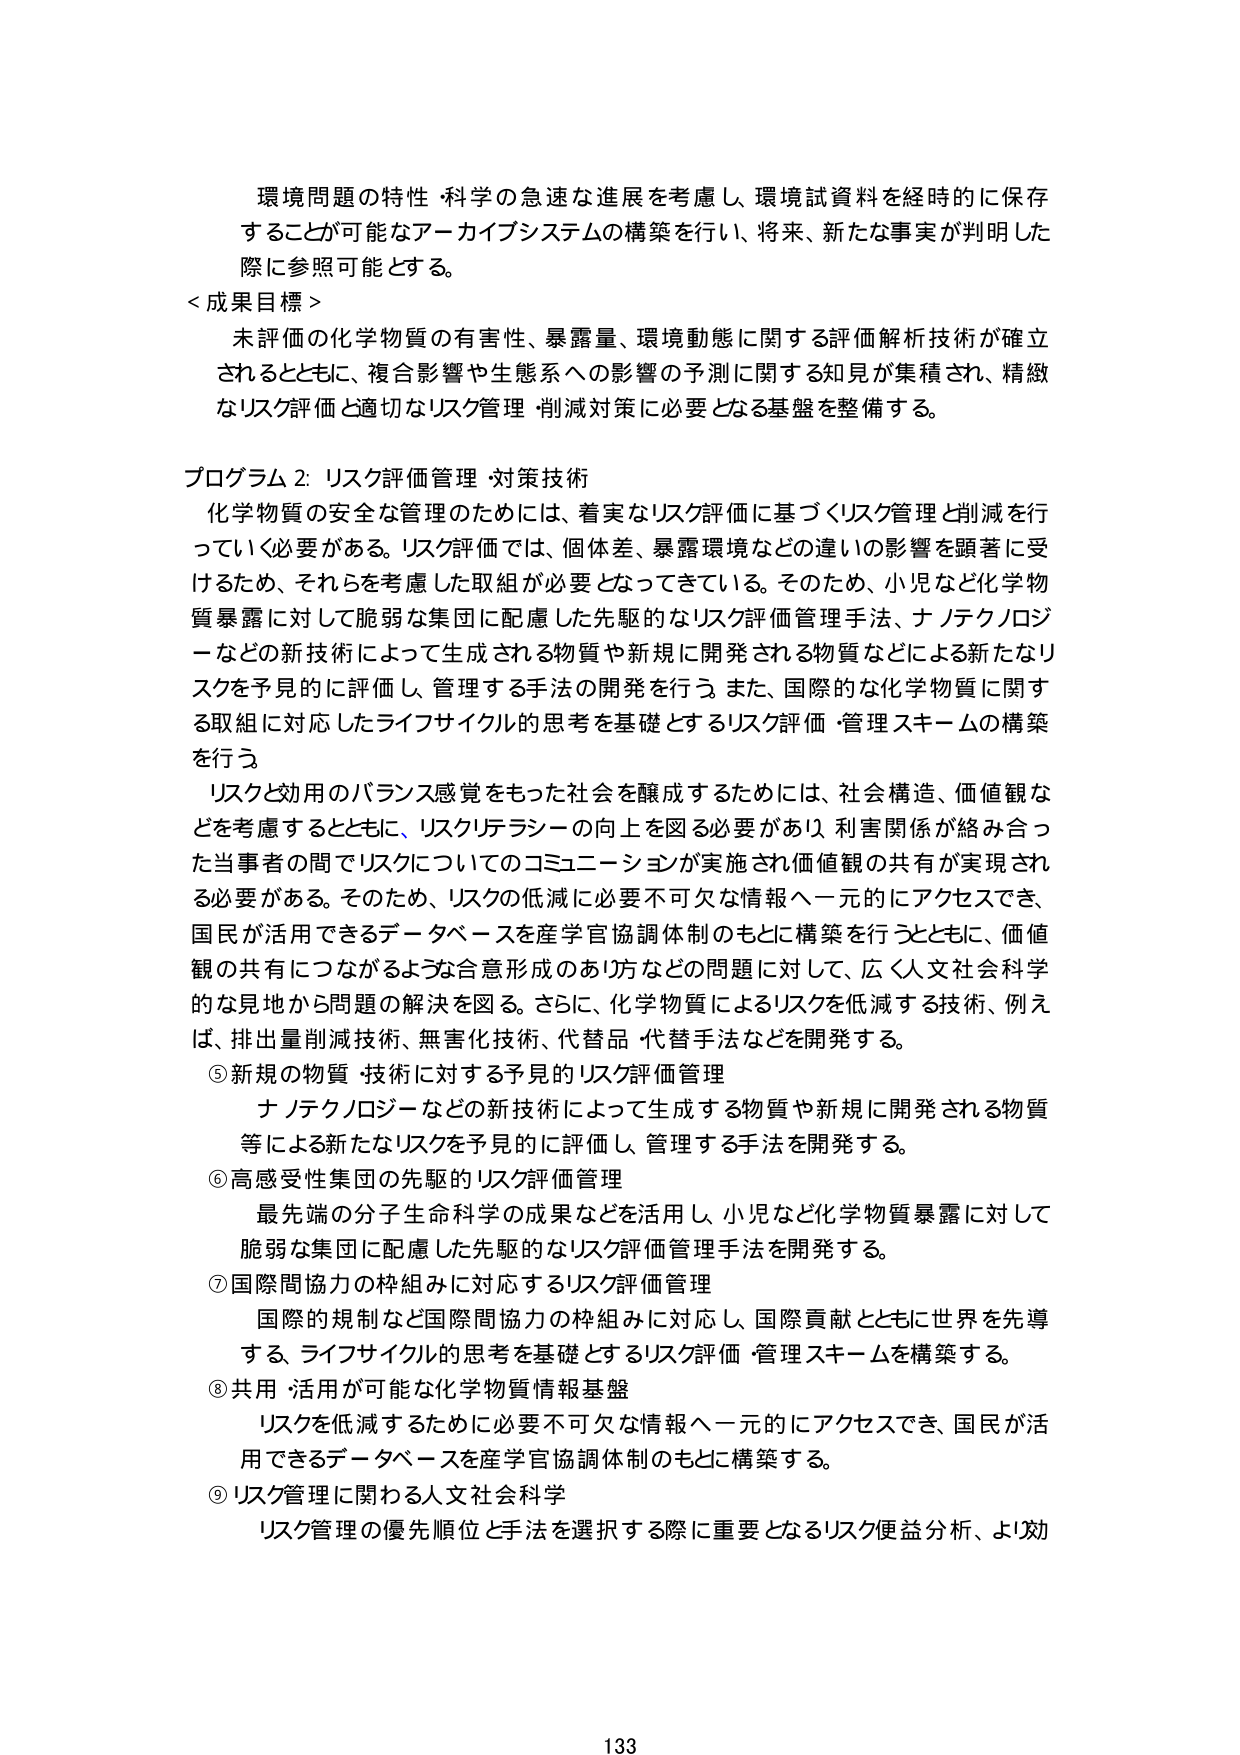
環境問題の特性・科学の急速な進展を考慮し、環境試資料を経時的に保存することが可能なアーカイブシステムの構築を行い、将来、新たな事実が判明した際に参照可能とする。

＜成果目標＞
未評価の化学物質の有害性、暴露量、環境動態に関する評価解析技術が確立されるとともに、複合影響や生態系への影響の予測に関する知見が集積され、精緻なリスク評価と適切なリスク管理・削減対策に必要となる基盤を整備する。

プログラム2: リスク評価管理・対策技術
化学物質の安全な管理のためには、着実なリスク評価に基づくリスク管理と削減を行っていく必要がある。リスク評価では、個体差、暴露環境などの違いの影響を顕著に受けるため、それらを考慮した取組が必要となってきている。そのため、小児など化学物質暴露に対して脆弱な集団に配慮した先駆的なリスク評価管理手法、ナノテクノロジーなどの新技術によって生成される物質や新規に開発される物質などによる新たなリスクを予見的に評価し、管理する手法の開発を行う。また、国際的な化学物質に関する取組に対応したライフサイクル的思考を基礎とするリスク評価・管理スキームの構築を行う。

リスクと効用のバランス感覚をもった社会を醸成するためには、社会構造、価値観などを考慮するとともに、リスクリテラシーの向上を図る必要があり、利害関係が絡み合った当事者の間でリスクについてのコミュニケーションが実施され価値観の共有が実現される必要がある。そのため、リスクの低減に必要不可欠な情報へ一元的にアクセスでき、国民が活用できるデータベースを産学官協調体制のもとに構築を行うとともに、価値観の共有につながるような合意形成のあり方などの問題に対して、広く人文社会科学的な見地から問題の解決を図る。さらに、化学物質によるリスクを低減する技術、例えば、排出量削減技術、無害化技術、代替品・代替手法などを開発する。

⑤ 新規の物質・技術に対する予見的リスク評価管理
ナノテクノロジーなどの新技術によって生成する物質や新規に開発される物質等による新たなリスクを予見的に評価し、管理する手法を開発する。

⑥ 高感受性集団の先駆的リスク評価管理
最先端の分子生命科学の成果などを活用し、小児など化学物質暴露に対して脆弱な集団に配慮した先駆的なリスク評価管理手法を開発する。

⑦ 国際間協力の枠組みに対応するリスク評価管理
国際的規制など国際間協力の枠組みに対応し、国際貢献とともに世界を先導する、ライフサイクル的思考を基礎とするリスク評価・管理スキームを構築する。

⑧ 共用・活用が可能な化学物質情報基盤
リスクを低減するために必要不可欠な情報へ一元的にアクセスでき、国民が活用できるデータベースを産学官協調体制のもとに構築する。

⑨ リスク管理に関わる人文社会科学
リスク管理の優先順位と手法を選択する際に重要となるリスク便益分析、より効

133